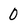
Character: 0